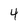
Character: 4